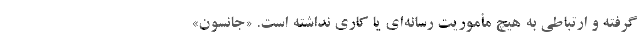
گرفته و ارتباطی به هیچ مأموریت رسانه‌ای یا کاری نداشته است. «جانسون»